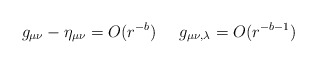
\begin{align*}g_{\mu\nu} - \eta_{\mu\nu} =O( r^{-b}) \; \; \; \; \; g_{\mu\nu,\lambda} =O( r^{-b -1})\end{align*}